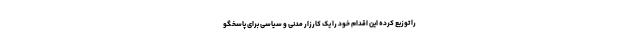
را توزیع کرده این اقدام خود را یک کارزار مدنی و سیاسی برای پاسخگو